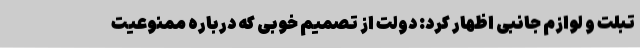
تبلت و لوازم جانبی اظهار کرد: دولت از تصمیم خوبی که درباره ممنوعیت